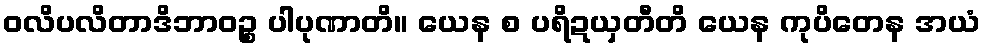
ဝလိပလိတာဒိဘာဝဉ္စ ပါပုဏာတိ။ ယေန စ ပရိဍယှတီတိ ယေန ကုပိတေန အယံ